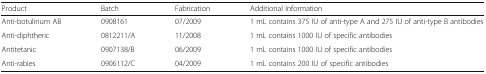
<table><thead><tr><td><b>Product</b></td><td><b>Batch</b></td><td><b>Fabrication</b></td><td><b>Additional Information</b></td></tr></thead><tbody><tr><td>Anti-botulinum AB</td><td>0908161</td><td>07/2009</td><td>1 mL contains 375 IU of anti-type A and 275 IU of anti-type B antibodies</td></tr><tr><td>Anti-diphtheric</td><td>0812211/A</td><td>11/2008</td><td>1 mL contains 1000 IU of specific antibodies</td></tr><tr><td>Antitetanic</td><td>0907138/B</td><td>06/2009</td><td>1 mL contains 1000 IU of specific antibodies</td></tr><tr><td>Anti-rabies</td><td>0906112/C</td><td>04/2009</td><td>1 mL contains 200 IU of specific antibodies</td></tr></tbody></table>